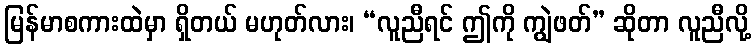
မြန်မာစကားထဲမှာ ရှိတယ် မဟုတ်လား၊ “လူညီရင် ဤကို ကျွဲဖတ်” ဆိုတာ လူညီလို့